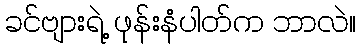
ခင်ဗျားရဲ့ ဖုန်းနံပါတ်က ဘာလဲ။